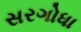
સરગોધા